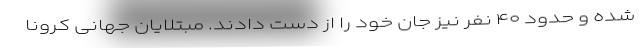
شده و حدود ۴۰ نفر نیز جان خود را از دست دادند. مبتلایان جهانی کرونا